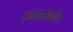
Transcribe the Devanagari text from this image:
धवळ्यातील